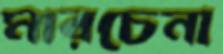
মারচেনা